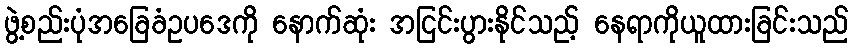
ဖွဲ့စည်းပုံအခြေခံဥပဒေကို နောက်ဆုံး အငြင်းပွားနိုင်သည့် နေရာကိုယူထားခြင်းသည်